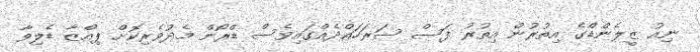
ނިއު ޒީލެންޑްގެ އިތުރުން އިތުރު ފަސް ސަރަހައްދެއްގައިވެސް ޑްރޯން މެދުވެރިކޮށް ޕިއްޒާ ޑެލިވާ